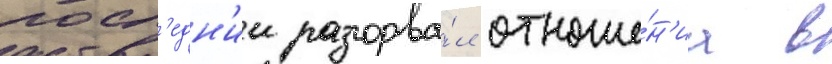
посл'едн'ии разорва́л отноше́н'иа в